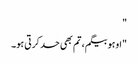
"
"اوہو بیگم، تم بھی حد کرتی ہو۔